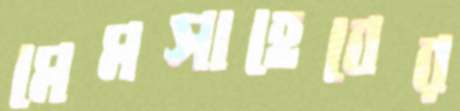
মেমসাহেবের